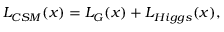
{ \cal L } _ { C S M } ( x ) = { \cal L } _ { G } ( x ) + { \cal L } _ { H i g g s } ( x ) ,